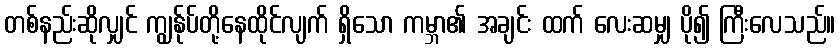
တစ်နည်းဆိုလျှင် ကျွန်ုပ်တို့နေထိုင်လျက် ရှိသော ကမ္ဘာ၏ အချင်း ထက် လေးဆမျှ ပို၍ ကြီးလေသည်။